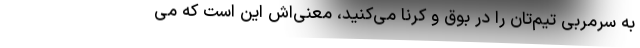
به سرمربی تیم‌تان را در بوق و کرنا می‌کنید، معنی‌اش این است که می